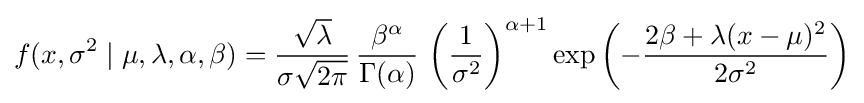
f(x,\sigma ^{2}\mid \mu ,\lambda ,\alpha ,\beta )={\frac {\sqrt {\lambda }}{\sigma {\sqrt {2\pi }}}}\,{\frac {\beta ^{\alpha }}{\Gamma (\alpha )}}\,\left({\frac {1}{\sigma ^{2}}}\right)^{\alpha +1}\exp \left(-{\frac {2\beta +\lambda (x-\mu )^{2}}{2\sigma ^{2}}}\right)